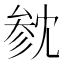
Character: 𪠟